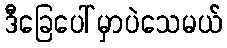
ဒီခြေပေါ်မှာပဲသေမယ်